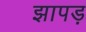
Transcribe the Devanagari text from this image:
झापड़